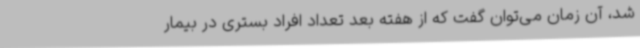
شد، آن زمان می‌توان گفت که از هفته بعد تعداد افراد بستری در بیمار